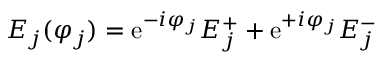
E _ { j } ( \varphi _ { j } ) = \mathrm { e } ^ { - i \varphi _ { j } } E _ { j } ^ { + } + \mathrm { e } ^ { + i \varphi _ { j } } E _ { j } ^ { - }